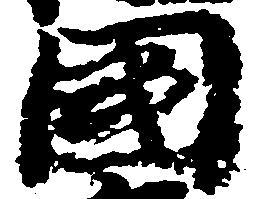
国